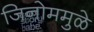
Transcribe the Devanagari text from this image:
जिनोममुळे